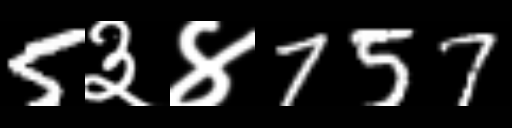
Text: 5३४757